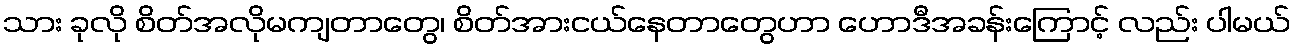
သား ခုလို စိတ်အလိုမကျတာတွေ၊ စိတ်အားငယ်နေတာတွေဟာ ဟောဒီအခန်းကြောင့် လည်း ပါမယ်